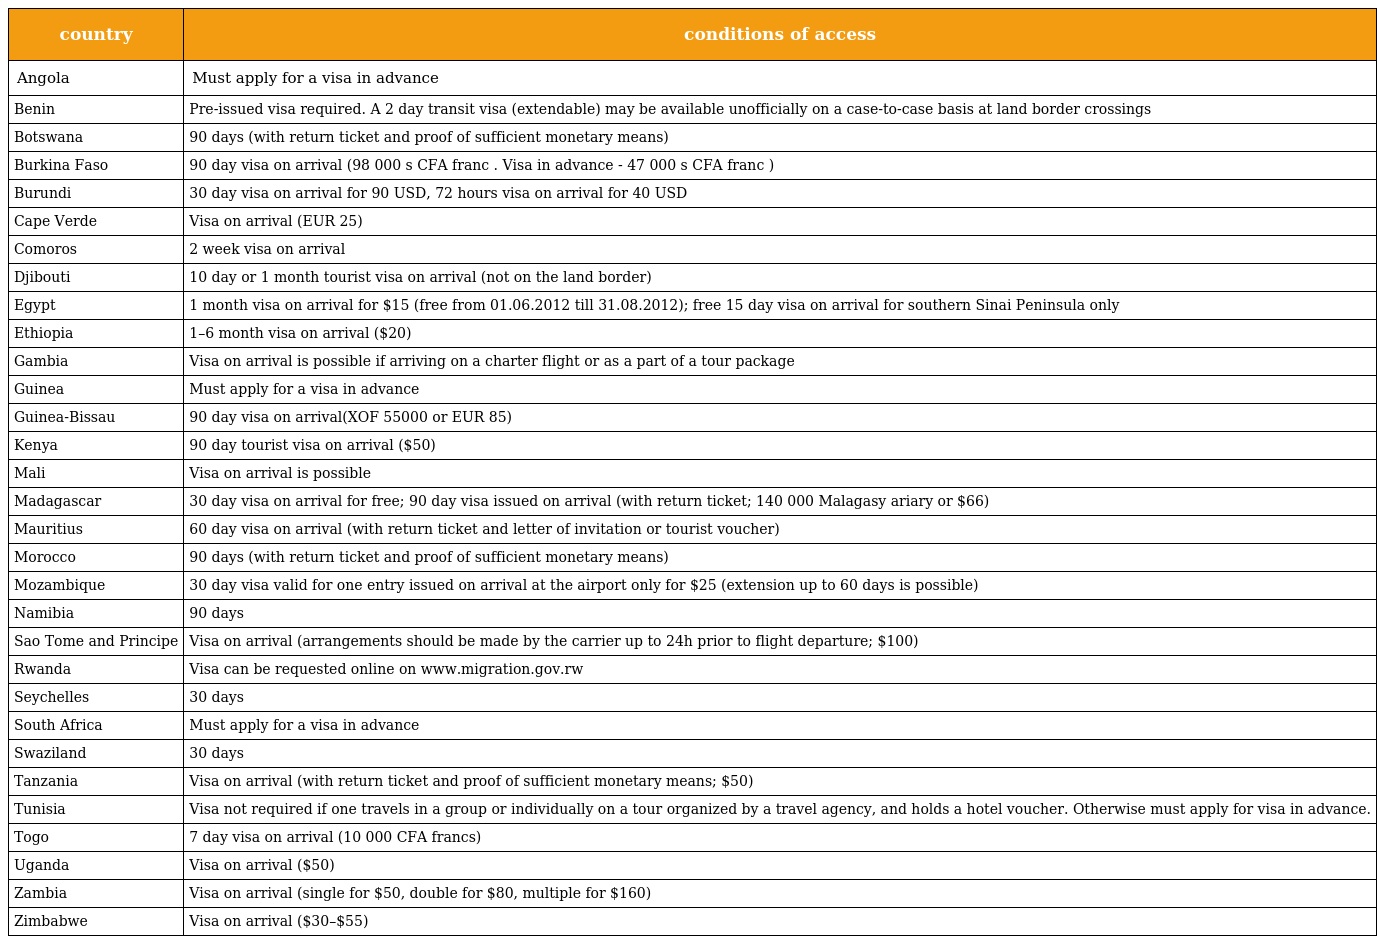
| country | conditions of access |
 | --- | --- |
 | Angola | Must apply for a visa in advance |
 | Benin | Pre-issued visa required. A 2 day transit visa (extendable) may be available unofficially on a case-to-case basis at land border crossings |
 | Botswana | 90 days (with return ticket and proof of sufficient monetary means) |
 | Burkina Faso | 90 day visa on arrival (98 000 s CFA franc . Visa in advance - 47 000 s CFA franc ) |
 | Burundi | 30 day visa on arrival for 90 USD, 72 hours visa on arrival for 40 USD |
 | Cape Verde | Visa on arrival (EUR 25) |
 | Comoros | 2 week visa on arrival |
 | Djibouti | 10 day or 1 month tourist visa on arrival (not on the land border) |
 | Egypt | 1 month visa on arrival for $15 (free from 01.06.2012 till 31.08.2012); free 15 day visa on arrival for southern Sinai Peninsula only |
 | Ethiopia | 1–6 month visa on arrival ($20) |
 | Gambia | Visa on arrival is possible if arriving on a charter flight or as a part of a tour package |
 | Guinea | Must apply for a visa in advance |
 | Guinea-Bissau | 90 day visa on arrival(XOF 55000 or EUR 85) |
 | Kenya | 90 day tourist visa on arrival ($50) |
 | Mali | Visa on arrival is possible |
 | Madagascar | 30 day visa on arrival for free; 90 day visa issued on arrival (with return ticket; 140 000 Malagasy ariary or $66) |
 | Mauritius | 60 day visa on arrival (with return ticket and letter of invitation or tourist voucher) |
 | Morocco | 90 days (with return ticket and proof of sufficient monetary means) |
 | Mozambique | 30 day visa valid for one entry issued on arrival at the airport only for $25 (extension up to 60 days is possible) |
 | Namibia | 90 days |
 | Sao Tome and Principe | Visa on arrival (arrangements should be made by the carrier up to 24h prior to flight departure; $100) |
 | Rwanda | Visa can be requested online on www.migration.gov.rw |
 | Seychelles | 30 days |
 | South Africa | Must apply for a visa in advance |
 | Swaziland | 30 days |
 | Tanzania | Visa on arrival (with return ticket and proof of sufficient monetary means; $50) |
 | Tunisia | Visa not required if one travels in a group or individually on a tour organized by a travel agency, and holds a hotel voucher. Otherwise must apply for visa in advance. |
 | Togo | 7 day visa on arrival (10 000 CFA francs) |
 | Uganda | Visa on arrival ($50) |
 | Zambia | Visa on arrival (single for $50, double for $80, multiple for $160) |
 | Zimbabwe | Visa on arrival ($30–$55) |